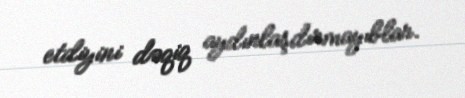
etdiyini dəqiq aydınlaşdırmayıblar.